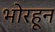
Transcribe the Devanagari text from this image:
भोरहून